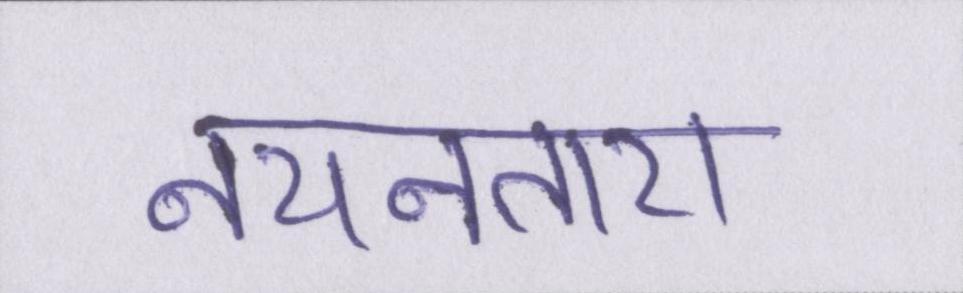
नयनतारा